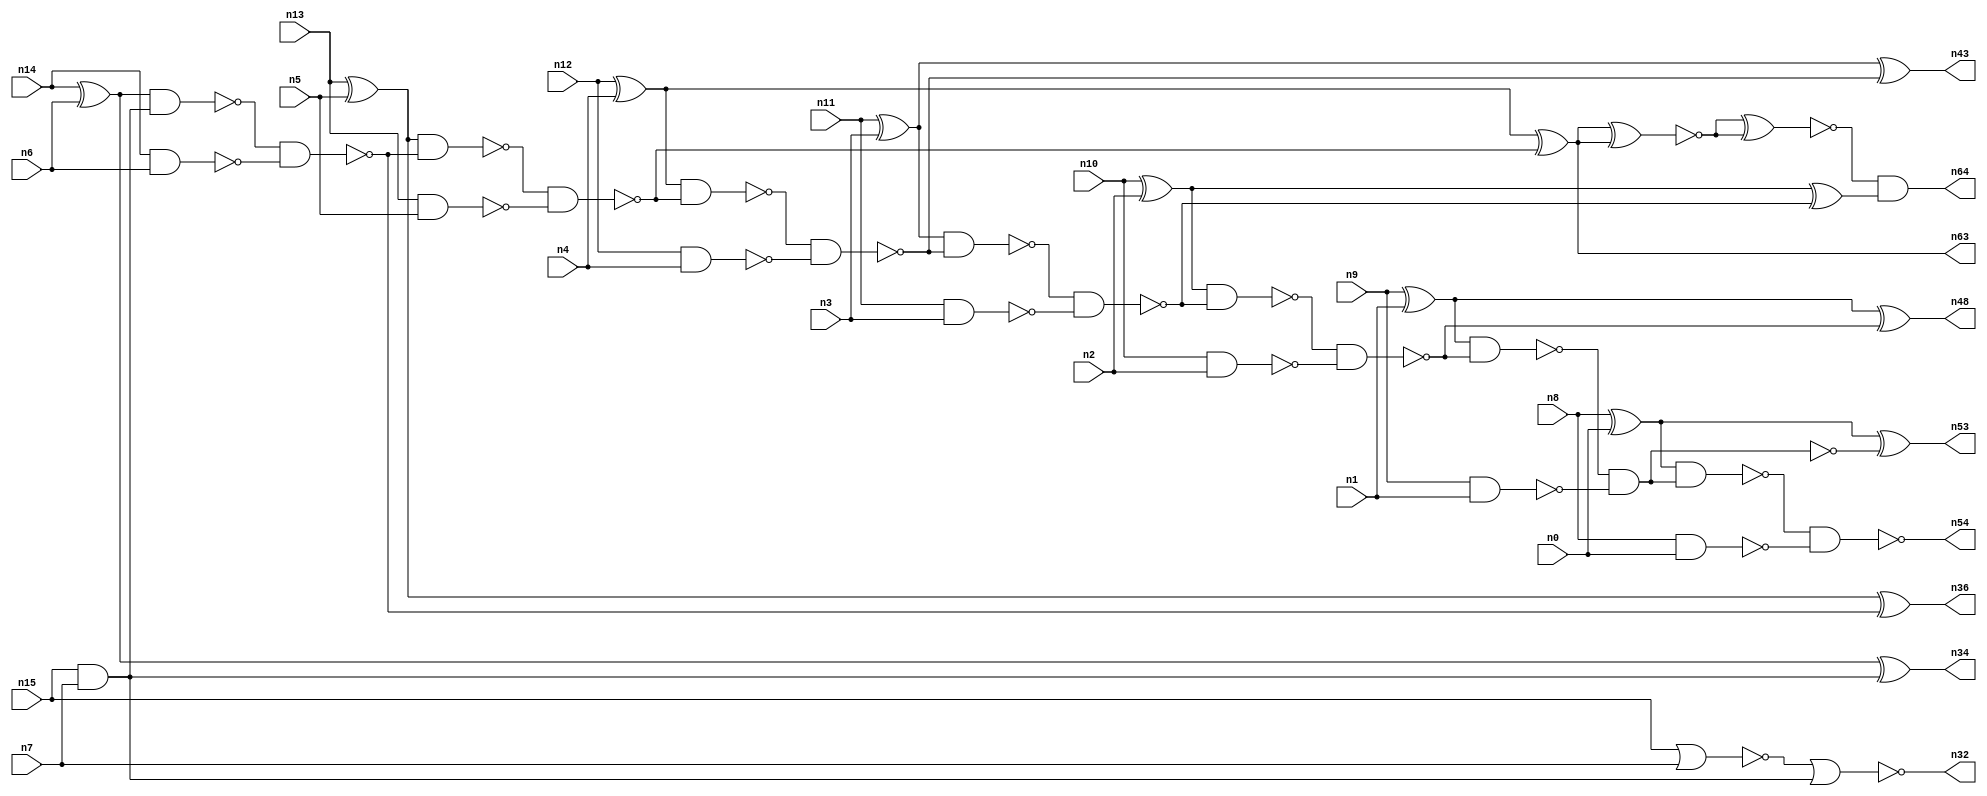
// This file contains a pareto-optimal circuit with respect to pdp and the fault-resilince parameter p_fault which is defined as:
// "For all input vectors, the ratio of the no. of faults observable at the POs to the no. of total possible faults in the circuit".
// This code is part of the ReCkt library (https://github.com/umar-afzaal/ReCkt) distributed under The MIT License.
// When used, please cite the following article(s):
// U. Afzaal, A.S. Hassan, M. Usman and J.A. Lee, "On the Evolutionary Synthesis of Increased Fault-resilience Arithmetic Circuits".

// p_fault = 94.6 %    (Lower is better)
// gates = 43.0
// levels = 15
// area = 59.64    (For MCNC library relative to nand2)
// power = 256.3 uW    (Berkely-SIS for MCNC library @ Vdd=5V and 20 MHz clock)
// delay = 16.8 ns    (Berkely-ABC for MCNC library)
// PDP = 4.30584e-12 J

// Pin mapping:
// {n0, n1, n2, n3, n4, n5, n6, n7} = A[7:0]
// {n8, n9, n10, n11, n12, n13, n14, n15} = B[7:0]
// {n54, n53, n48, n64, n43, n63, n36, n34, n32} = O[8:0]

module addr8s_pdp_3 (
n0, n1, n2, n3, n4, n5, n6, n7, n8, n9, n10, n11, n12, n13, n14, n15, 
n54, n53, n48, n64, n43, n63, n36, n34, n32
);

input n0, n1, n2, n3, n4, n5, n6, n7, n8, n9, n10, n11, n12, n13, n14, n15;
output n54, n53, n48, n64, n43, n63, n36, n34, n32;
wire n22, n42, n28, n21, n49, n30, n16, n27, n52, n24, n45, n20, n18, n55, n51, n31, n39, n25, n41, n26, 
n37, n35, n29, n17, n38, n19, n50, n46, n47, n23, n40, n57, n33, n44;

xor (n16, n14, n6);
xor (n17, n13, n5);
nand (n18, n14, n6);
xor (n19, n9, n1);
xor (n20, n8, n0);
xor (n21, n10, n2);
xor (n22, n12, n4);
nand (n23, n9, n1);
nor (n24, n15, n7);
and (n25, n15, n7);
nand (n26, n11, n3);
nand (n27, n12, n4);
xor (n28, n11, n3);
nand (n29, n10, n2);
nand (n30, n13, n5);
nand (n31, n8, n0);
nor (n32, n24, n25);
nand (n33, n16, n25);
xor (n34, n16, n25);
nand (n35, n33, n18);
xor (n36, n17, n35);
nand (n37, n17, n35);
nand (n38, n37, n30);
nand (n39, n22, n38);
xor (n40, n22, n38);
nand (n41, n39, n27);
nand (n42, n28, n41);
xor (n43, n28, n41);
nand (n44, n42, n26);
nand (n45, n21, n44);
xor (n46, n21, n44);
nand (n47, n45, n29);
xor (n48, n19, n47);
nand (n49, n19, n47);
nand (n50, n49, n23);
and (n51, n49, n23);
nand (n52, n20, n51);
xor (n53, n20, n50);
nand (n54, n52, n31);
xnor (n55, n40, n40);
xnor (n57, n55, n55);
and (n63, n40, n40);
and (n64, n57, n46);

endmodule